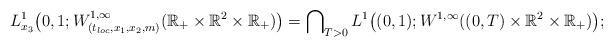
LaTeX: \begin{align*}L_{x_3 }^1 \big({0,1;W_{(t_{loc},x_1 ,x_2 ,m)}^{1,\infty } (\mathbb{R}_+ \times\mathbb{R}^2 \times \mathbb{R}_+)} \big)=\bigcap\nolimits_{T > 0} {L^1 \big((0,1);W^{1,\infty } ((0,T) \times\mathbb{R}^2 \times \mathbb{R}_+)\big)};\end{align*}